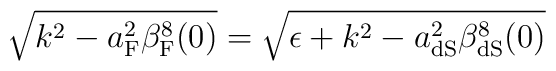
\sqrt{k^2-a_{\rm F}^2\beta_{\rm F}^8(0)}=\sqrt{\epsilon +k^2-a^2_{\rm dS}\beta^8_{\rm dS}(0)}